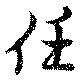
任